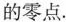
的零点.